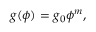
g ( \phi ) = g _ { 0 } \phi ^ { m } ,